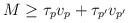
\begin{align*}M \geq \tau_p v_p + \tau_{p'} v_{p'} \end{align*}